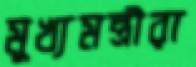
মুখ্যমন্ত্রীরা